65_HS1-834228961_62-HQ-83894_Section_4
Agency: FBI
Page 8
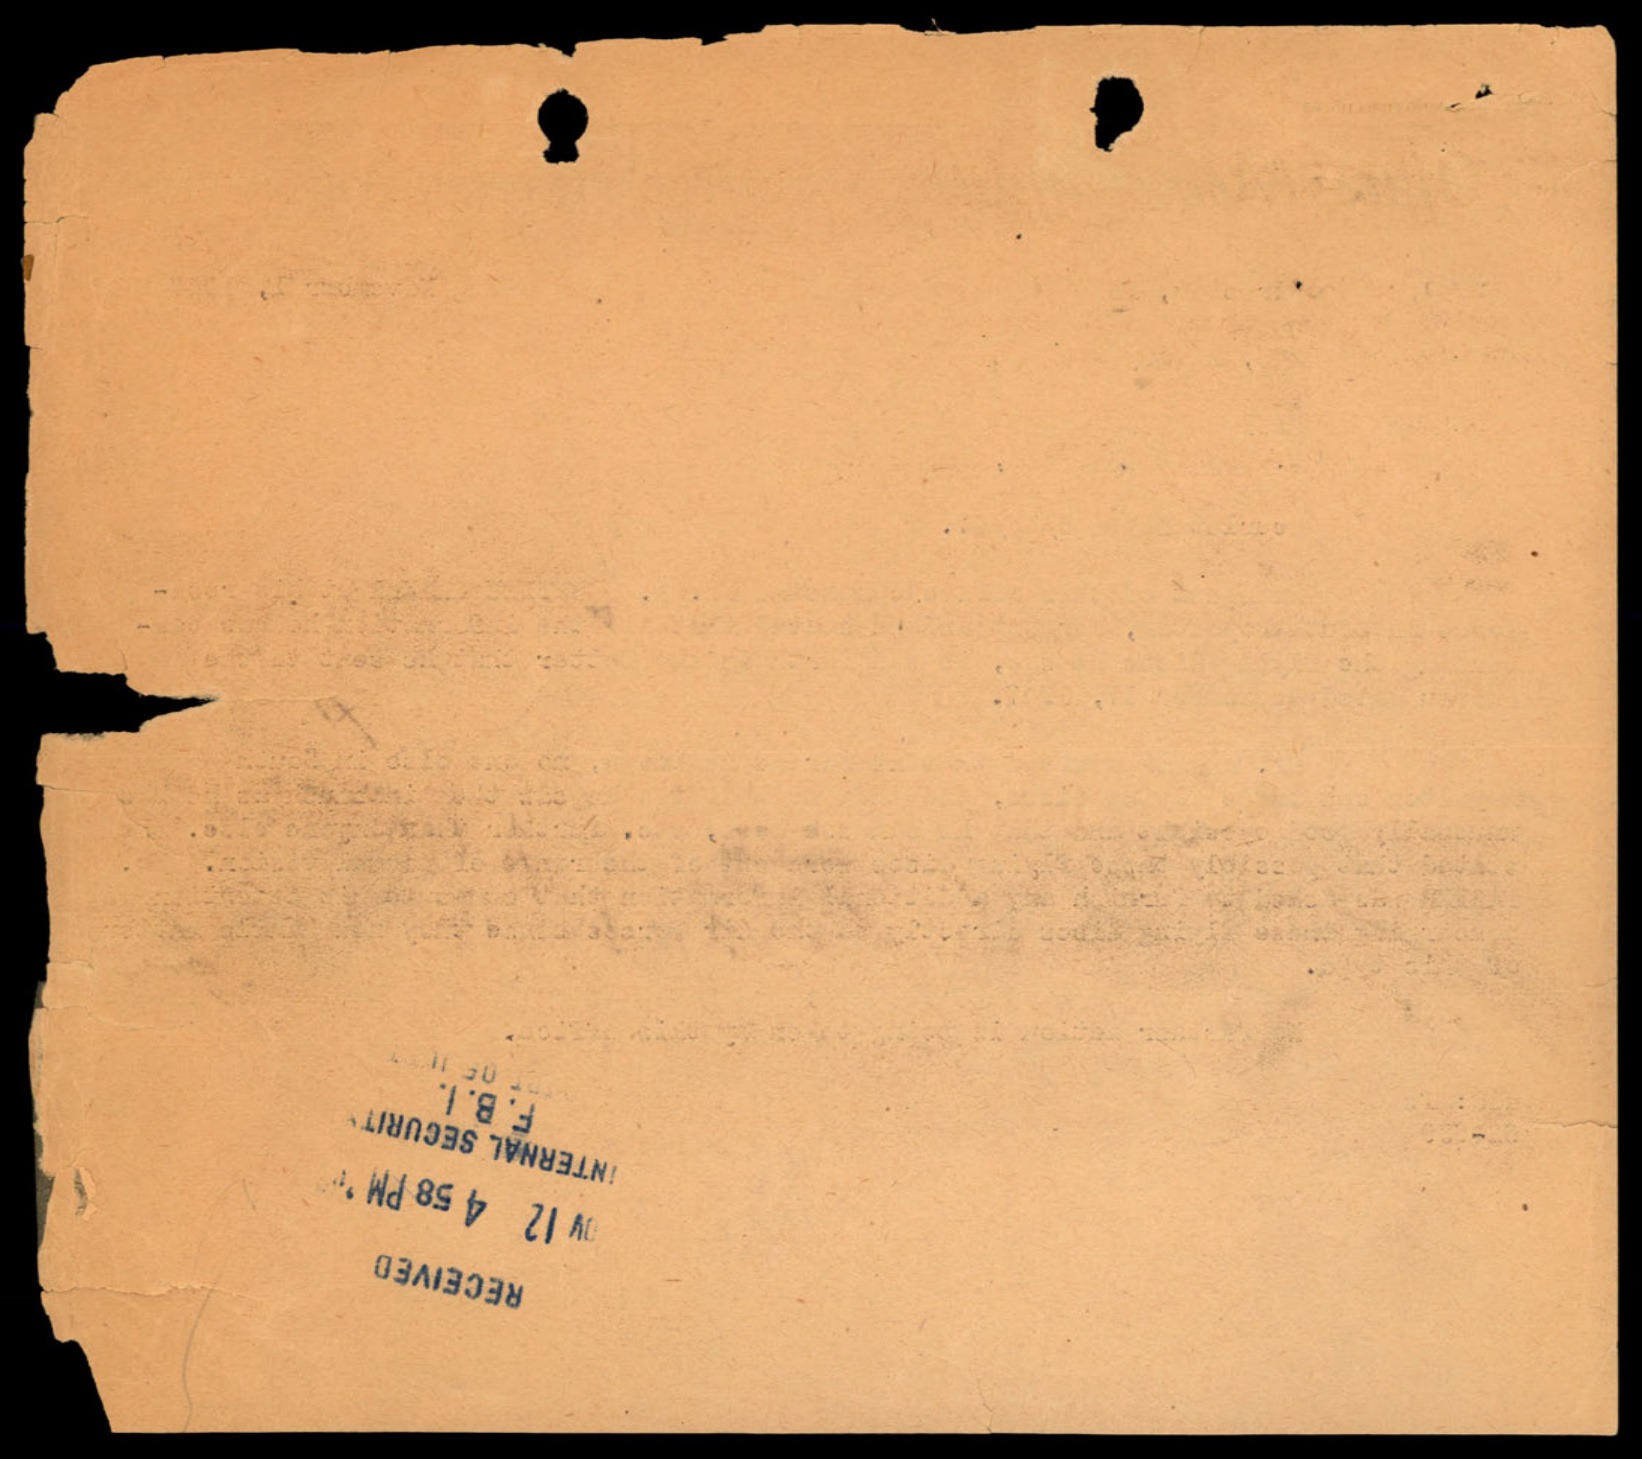